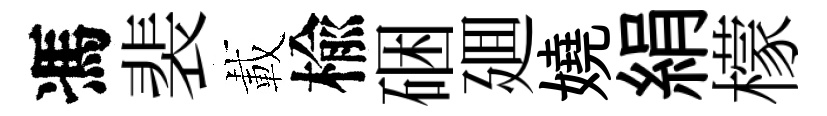
馮裴載楡硱廽嬈絹檬